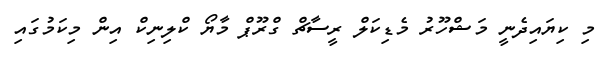
މި ކިޔައިދެނީ މަޝްހޫރު މެޑިކަލް ރީސާޗް ގްރޫޕް މާޔޯ ކްލިނިކް އިން މިކަމުގައި